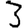
Digit: 3